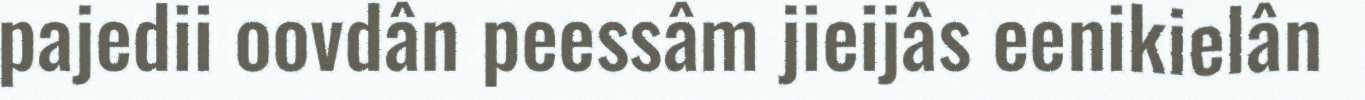
pajedii oovdân peessâm jieijâs eenikielân